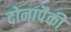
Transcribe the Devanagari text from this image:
दोनापैकी